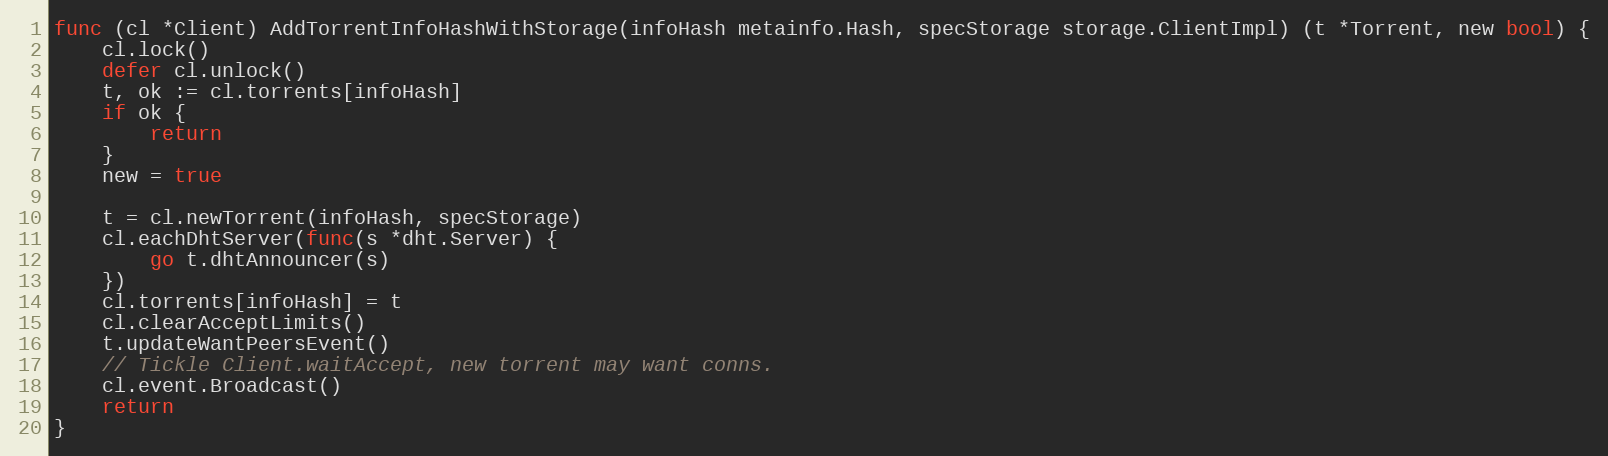
Language: Go
func (cl *Client) AddTorrentInfoHashWithStorage(infoHash metainfo.Hash, specStorage storage.ClientImpl) (t *Torrent, new bool) {
	cl.lock()
	defer cl.unlock()
	t, ok := cl.torrents[infoHash]
	if ok {
		return
	}
	new = true

	t = cl.newTorrent(infoHash, specStorage)
	cl.eachDhtServer(func(s *dht.Server) {
		go t.dhtAnnouncer(s)
	})
	cl.torrents[infoHash] = t
	cl.clearAcceptLimits()
	t.updateWantPeersEvent()
	// Tickle Client.waitAccept, new torrent may want conns.
	cl.event.Broadcast()
	return
}